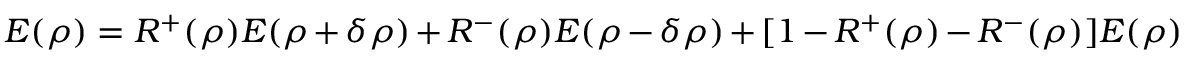
E ( \rho ) = R ^ { + } ( \rho ) E ( \rho + \delta \rho ) + R ^ { - } ( \rho ) E ( \rho - \delta \rho ) + [ 1 - R ^ { + } ( \rho ) - R ^ { - } ( \rho ) ] E ( \rho )